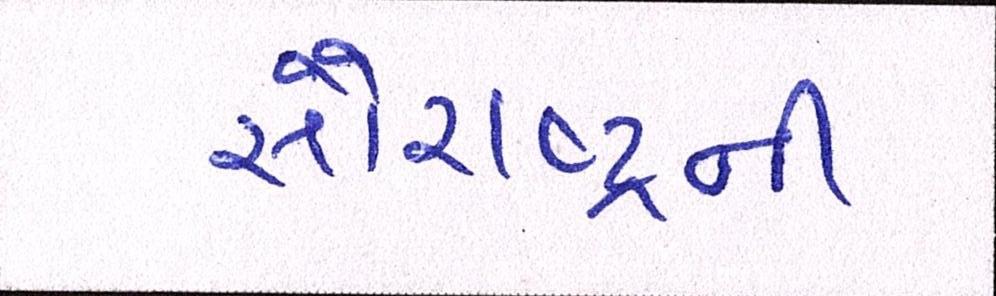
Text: સૌરાષ્ટ્ર્રની